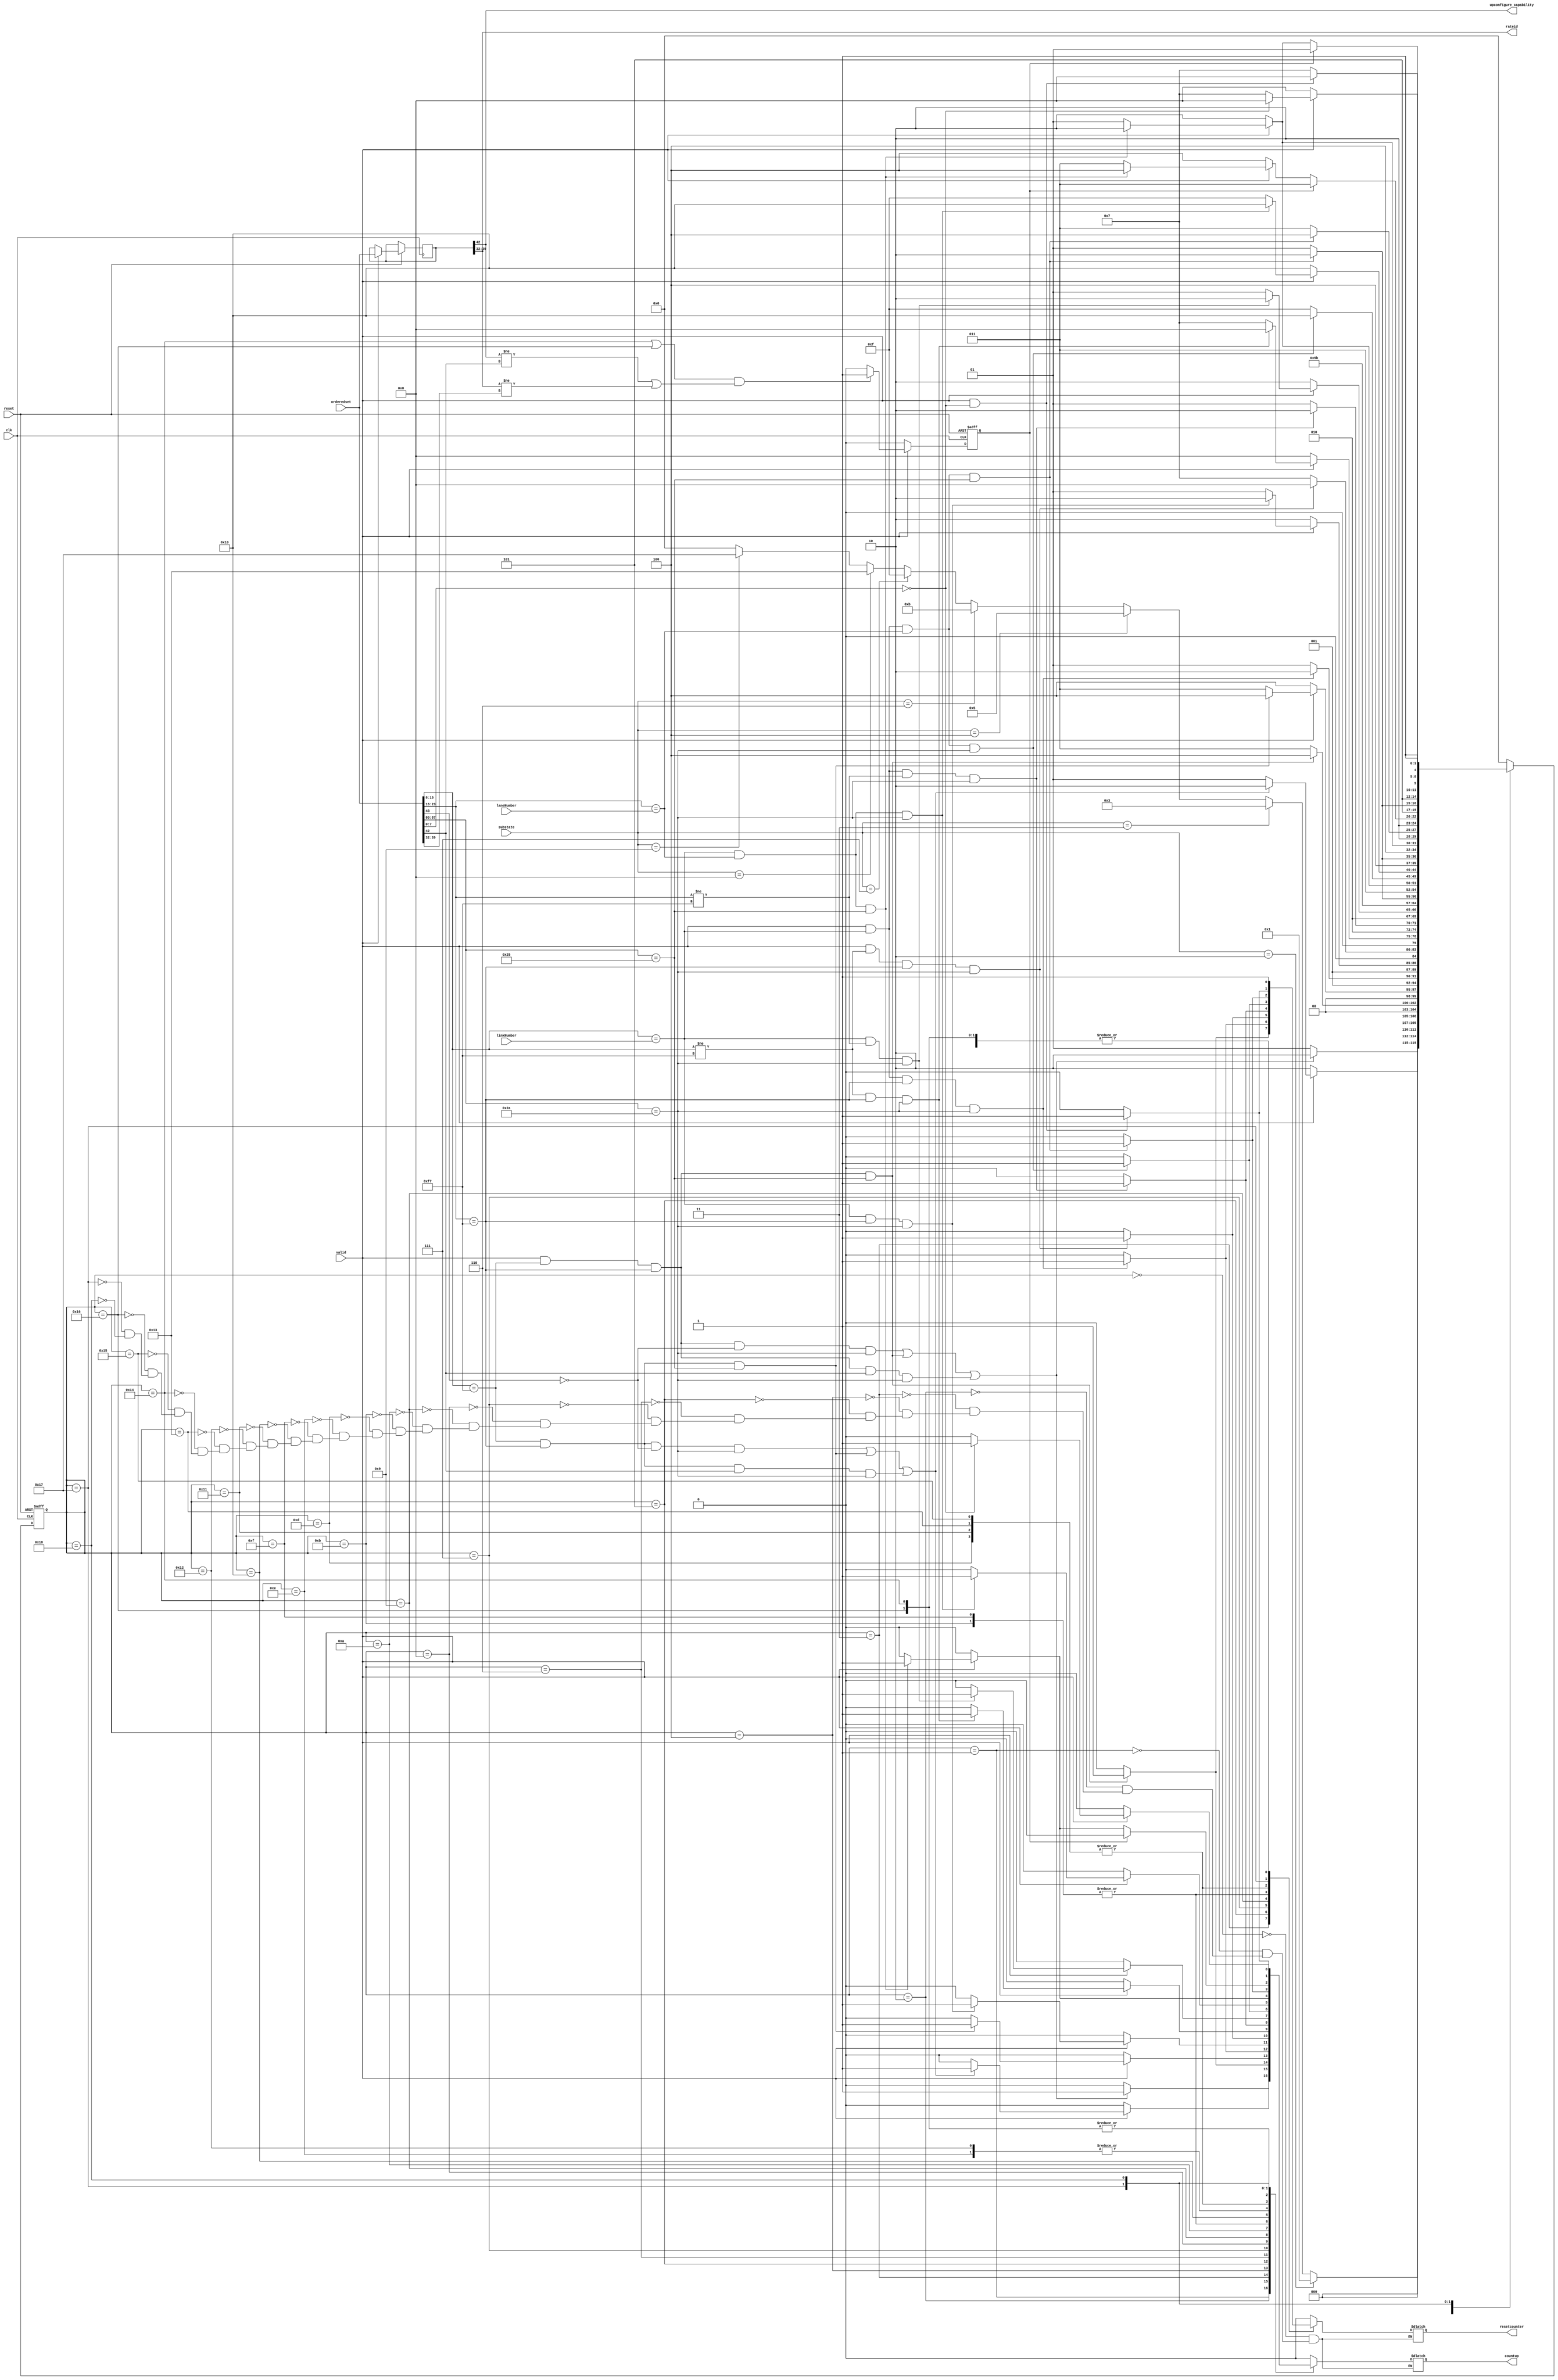
module osChecker #(parameter DEVICETYPE = 0)(
    input clk,
    input [7:0]linkNumber,
    input [7:0]laneNumber,
    input [127:0]orderedset,
    input valid,
    input [3:0]substate,
    input reset,
    output reg countup,
    output reg resetcounter,
    output [7:0] rateid,
    output upconfigure_capability);

    //LOCLA VARIABLES
    reg[4:0] currentState,nextState;
    reg[127:0] localorderedset;
    reg notEqual;
    localparam [7:0]
    PAD = 8'b11110111, //F7
    TS1 = 8'b00101010,	//2A
    TS2 = 8'b0100101;  //25

//input substates from main ltssm
    localparam [3:0]
	detectQuiet =  4'd0,
	detectActive = 4'd1,
	pollingActive= 4'd2,
	pollingConfiguration= 4'd3,
    configurationLinkWidthStart = 4'd4,
    configurationLinkWidthAccept = 4'd5,
    configurationLanenumWait = 4'd6,
    configurationLanenumAccept = 4'd7,
    configurationComplete = 4'd8,
    configurationIdle = 4'd9;


//internal states
    localparam [4:0]
    start = 5'd0,
    pollingActive1= 5'd1,
    pollingActive2= 5'd2,
    pollingConfiguration1= 5'd3,
    pollingConfiguration2= 5'd4,
    configLinkWidthStartDown1 = 5'd5,
    configLinkWidthStartDown2 = 5'd6,
    configLinkWidthStartUp1 = 5'd7,
    configLinkWidthStartUp2 = 5'd8,
    configLinkWidthAcceptUp1 = 5'd9,
    configLinkWidthAcceptUp2 = 5'd10,
    configLanenumWaitDown1 = 5'd11,
    configLanenumWaitDown2 = 5'd11,
    configLanenumWaitUp1 = 5'd13,
    configLanenumWaitUp2 = 5'd14,
    configLanenumAcceptDown1 = 5'd15,
    configLanenumAcceptDown2 = 5'd16,
    configLanenumAcceptUp1 = 5'd17,
    configLanenumAcceptUp2 = 5'd18,
    configCompleteDown1 = 5'd19,
    configCompleteDown2 = 5'd20,
    configCompleteUp1 = 5'd21,
    configCompleteUp2 = 5'd22,
    configIdle1 = 5'd23,
    configIdle2 = 5'd24;
//CURRENT STATE FF
always @(posedge clk or negedge reset)
begin
    notEqual <= 1'b0;
    if(!reset)
    begin
        currentState <= start;
    end
    else
    begin
        currentState <= nextState;
        if(valid)
        begin
            localorderedset<=orderedset;
            if((currentState == configCompleteDown2||currentState == configCompleteUp2)&&(localorderedset[42] != orderedset[42] || localorderedset[39:32] != orderedset[39:32]))
            notEqual <= 1'b1;
        end
    end    
end

//next state logic block
always @(*)
begin
    case(currentState)
    start:
	begin
        resetcounter = 1'b0; countup = 1'b0;
        if      (substate == pollingActive) nextState = pollingActive1;
	    else if (substate == pollingConfiguration) nextState = pollingConfiguration1;
        else if (substate == configurationLinkWidthStart && DEVICETYPE == 1'b0)nextState = configLinkWidthStartDown1;
        else if (substate == configurationLinkWidthStart && DEVICETYPE == 1'b1)nextState = configLinkWidthStartUp1;
        else if (substate == configurationLinkWidthAccept && DEVICETYPE == 1'b1)nextState = configLinkWidthAcceptUp1;
        else if (substate == configurationLanenumWait && DEVICETYPE == 1'b0) nextState = configLanenumWaitDown1;
        else if (substate == configurationLanenumWait && DEVICETYPE == 1'b1) nextState = configLanenumWaitUp1;
        else if (substate == configurationLanenumAccept && DEVICETYPE == 1'b0) nextState = configLanenumAcceptDown1;
        else if (substate == configurationLanenumAccept && DEVICETYPE == 1'b1) nextState = configLanenumAcceptUp1;
        else if (substate == configurationComplete && DEVICETYPE == 1'b0) nextState = configCompleteDown1;
        else if (substate == configurationComplete && DEVICETYPE == 1'b1) nextState = configCompleteUp1;
        else if (substate == configurationIdle) nextState = configIdle1;
        else nextState = start;
	end
/******************************polling Active**************************************************/
pollingActive1:
begin
    resetcounter = 1'b1; countup = 1'b0;
    if((valid && orderedset[15:8]==PAD && orderedset[23:16]==PAD && orderedset[43] == 1'b0 && orderedset[87:80] == TS1)||
    (valid && orderedset[15:8]==PAD && orderedset[23:16]==PAD && orderedset[87:80] == TS2)||
    (valid && orderedset[15:8]==PAD && orderedset[23:16]==PAD && orderedset[42] == 1'b1 && orderedset[87:80] == TS1)) 
    begin
    nextState = pollingActive2;
    resetcounter = 1'b1; countup = 1'b1;
    end
    else nextState = pollingActive1;
end
pollingActive2:
begin
    resetcounter = 1'b1; countup = 1'b0; 
    if(valid)
    begin
    if((orderedset[15:8]==PAD && orderedset[23:16]==PAD && orderedset[43] == 1'b0 && orderedset[87:80] == TS1)||
        (orderedset[15:8]==PAD && orderedset[23:16]==PAD && orderedset[87:80] == TS2)||
        (orderedset[15:8]==PAD && orderedset[23:16]==PAD && orderedset[42] == 1'b1 && orderedset[87:80] == TS1)) 
        begin
            countup = 1'b1; 
            nextState = pollingActive2;
        end
    else nextState = pollingActive1; 
    end
    else nextState = pollingActive2;
	
end
/**********************************pollingConfiguration*****************************************************/
pollingConfiguration1:
begin
    resetcounter = 1'b0; countup = 1'b0;
    if(valid && orderedset[15:8]==PAD && orderedset[23:16]==PAD && orderedset[87:80] == TS2)
    begin
	    nextState = pollingConfiguration2;
        resetcounter = 1'b1; countup = 1'b1;
	end
	else nextState = pollingConfiguration1;
end

pollingConfiguration2:
begin
    resetcounter = 1'b1; countup = 1'b0;
    if(valid)
    begin
        if(orderedset[15:8]==PAD && orderedset[23:16]==PAD && orderedset[87:80] == TS2)
        begin
            countup = 1'b1; 
            nextState = pollingConfiguration2;
        end
        else nextState = pollingConfiguration1;        
    end
    else nextState = pollingConfiguration2;
end
/**********************************configLinkWidthStart*************************************************/
configLinkWidthStartDown1:
begin
    resetcounter = 1'b0; countup = 1'b0;
    if(valid && orderedset[15:8]==linkNumber && orderedset[23:16]==PAD && orderedset[87:80] == TS1)
	begin
        nextState =  configLinkWidthStartDown2;
        resetcounter = 1'b1; countup = 1'b1;
	end
    else nextState = configLinkWidthStartDown1;
end

configLinkWidthStartDown2:
begin
    resetcounter = 1'b1; countup = 1'b0;
    if(valid)
        begin
            if(orderedset[15:8]==linkNumber && orderedset[23:16]==PAD && orderedset[87:80] == TS1)
            begin
                countup = 1'b1;
                nextState =  configLinkWidthStartDown2;
            end
            else nextState =  configLinkWidthStartDown1;
        end
    else nextState =  configLinkWidthStartDown2;
end
configLinkWidthStartUp1:
begin
    resetcounter = 1'b0; countup = 1'b0;
    if(valid && orderedset[15:8]!=PAD && orderedset[23:16]==PAD && orderedset[87:80] == TS1)
	begin
        nextState =  configLinkWidthStartUp2;
        resetcounter = 1'b1; countup = 1'b1;
	end
        else nextState = configLinkWidthStartUp1;
end

configLinkWidthStartUp2:
begin
    resetcounter = 1'b1; countup = 1'b0;
    if(valid)
        begin
            if(orderedset[15:8]!=PAD && orderedset[23:16]==PAD && orderedset[87:80] == TS1)
            begin
                countup =1'b1;
                nextState =  configLinkWidthStartUp2;
            end
            else nextState =  configLinkWidthStartUp1;
        end
    else nextState =  configLinkWidthStartUp2;
end
/********************************configLinkWidthAccept**************************************************/
    configLinkWidthAcceptUp1:
begin
    resetcounter = 1'b0; countup = 1'b0;
    if(valid && orderedset[15:8]==linkNumber && orderedset[23:16]!=PAD  && orderedset[87:80] == TS1)
	begin
        nextState = configLinkWidthAcceptUp2;
        resetcounter = 1'b1; countup = 1'b1;
	end
        else nextState = configLinkWidthAcceptUp1;
end

configLinkWidthAcceptUp2:
begin
    resetcounter = 1'b1; countup = 1'b0;
    if(valid)
        begin
            if(orderedset[15:8]==linkNumber && orderedset[23:16]!=PAD && orderedset[87:80] == TS1)
            begin
                countup = 1'b1;
                nextState =  configLinkWidthAcceptUp2;
            end
            else nextState =  configLinkWidthAcceptUp1;
        end
    else nextState =  configLinkWidthAcceptUp2;
end
/******************************configLanenumWait***************************************************/
    configLanenumWaitDown1:
begin
    resetcounter = 1'b0; countup = 1'b0;
    if(valid && orderedset[15:8]==linkNumber && orderedset[23:16]==laneNumber && orderedset[87:80] == TS1)
	begin
        nextState = configLanenumWaitDown2;
        resetcounter = 1'b1; countup = 1'b1;
	end
    else nextState = configLanenumWaitDown1;
end

configLanenumWaitDown2:
begin
    resetcounter = 1'b1; countup = 1'b0;
    if(valid)
    begin
        if(orderedset[15:8]==linkNumber && orderedset[23:16]==laneNumber && orderedset[87:80] == TS1)
        begin
            countup = 1'b1;
            nextState =  configLanenumWaitDown2;
        end
        else nextState =  configLanenumWaitDown1;
    end
    else nextState =  configLanenumWaitDown2;
end

configLanenumWaitUp1:
begin
    resetcounter = 1'b0; countup = 1'b0;
    if(valid && orderedset[15:8]==linkNumber && orderedset[23:16]==laneNumber && orderedset[87:80] == TS2)
	begin
	nextState = configLanenumWaitUp2;
    resetcounter = 1'b1; countup = 1'b1;
	end
	else nextState = configLanenumWaitUp1;
end

configLanenumWaitUp2:
begin
    resetcounter = 1'b1; countup = 1'b0;
    if(valid)
        begin
            if(orderedset[15:8]==linkNumber && orderedset[23:16]==laneNumber && orderedset[87:80] == TS2)
            begin
                countup = 1'b1;
                nextState =  configLanenumWaitUp2;
            end
            else nextState =  configLanenumWaitUp1;
        end
    else nextState =  configLanenumWaitUp2;
end
/*********************************configLanenumAccept************************************************/
configLanenumAcceptDown1:
begin
    resetcounter = 1'b0; countup = 1'b0;
    if(valid && orderedset[15:8]==linkNumber && orderedset[23:16]==laneNumber && orderedset[87:80] == TS1)
	begin
        nextState = configLanenumAcceptDown2;
        resetcounter = 1'b1; countup = 1'b1;
	end
	else nextState = configLanenumAcceptDown1;
end

configLanenumAcceptDown2:
begin
    resetcounter = 1'b1; countup = 1'b0;
    if(valid)
    begin
        if(orderedset[15:8]==linkNumber && orderedset[23:16]==laneNumber && orderedset[87:80] == TS1)
        begin
            countup = 1'b1;
            nextState =  configLanenumAcceptDown2;
        end
        else nextState =  configLanenumAcceptDown1;
    end
    else nextState =  configLanenumAcceptDown2;
end

configLanenumAcceptUp1:
begin
    resetcounter = 1'b0; countup = 1'b0;
    if(valid && orderedset[15:8]==linkNumber && orderedset[23:16]==laneNumber && orderedset[87:80] == TS2)
	begin 
        nextState = configLanenumAcceptUp2;
        resetcounter = 1'b1; countup = 1'b1;
	end
    else nextState = configLanenumAcceptUp1;
end

configLanenumAcceptUp2:
begin
    resetcounter = 1'b1; countup = 1'b0;
    if(valid)
    begin
        if(orderedset[15:8]==linkNumber && orderedset[23:16]==laneNumber && orderedset[87:80] == TS2)
        begin
            countup = 1'b1;
            nextState =  configLanenumAcceptUp2;
        end
        else nextState =  configLanenumAcceptUp1;
    end
    else nextState =  configLanenumAcceptUp2;
end
/****************************************configComplete***************************************************/
configCompleteDown1:
begin
    resetcounter = 1'b0; countup = 1'b0;
    if(valid && orderedset[15:8]==linkNumber && orderedset[23:16]==laneNumber && orderedset[87:80] == TS2)
	begin
	nextState = configCompleteDown2;
	resetcounter = 1'b1; countup = 1'b1;
	end
    else nextState = configCompleteDown1;
end

configCompleteDown2:
begin
    resetcounter = 1'b1; countup = 1'b0;
    if(notEqual)nextState = configCompleteDown1;
    else if(valid)
    begin
        if(orderedset[15:8]==linkNumber && orderedset[23:16]==laneNumber && orderedset[87:80] == TS2)
        begin
            countup = 1'b1;
            nextState =  configCompleteDown2;
        end
        else nextState =  configCompleteDown1;
    end
    else nextState =  configCompleteDown2;
end

configCompleteUp1:
begin
    resetcounter = 1'b0; countup = 1'b0;
    if(valid && orderedset[15:8]==linkNumber && orderedset[23:16]==laneNumber && orderedset[87:80] == TS2)
	begin
	nextState = configCompleteUp2;
    resetcounter = 1'b1; countup = 1'b1;
	end
	else nextState = configCompleteUp1;
end
configCompleteUp2:
begin
    resetcounter = 1'b1; countup = 1'b0;
    if(notEqual)nextState = configCompleteUp1;
    else if(valid)
        begin
            if(orderedset[15:8]==linkNumber && orderedset[23:16]==laneNumber && orderedset[87:80] == TS2)
            begin
                countup = 1'b1;
                nextState =  configCompleteUp2;
            end
            else nextState =  configCompleteUp1;
        end
    else nextState =  configCompleteUp2;
end
/***************************************configIdle***********************************************/
configIdle1:
begin
    resetcounter = 1'b0; countup = 1'b0;
    if(valid && orderedset[7:0]==8'h00)
	begin
	nextState = configIdle2;
    resetcounter = 1'b1; countup = 1'b1;
	end
	else nextState = configIdle1;
end

configIdle2:
begin
    resetcounter = 1'b1; countup = 1'b0;
    if(valid)
        begin
            if(orderedset[7:0]==8'h00)
            begin
                countup = 1'b1;
                nextState =  configIdle2;
            end
            else nextState =  configIdle1;
        end
    else nextState =  configIdle2;   
end


default:nextState = start;
endcase
end
    assign rateid = localorderedset[39:32];
    assign upconfigure_capability = localorderedset[42];
assign {link,lane,id}={orderedset[15:8],orderedset[23:16],orderedset[87:80]};    
endmodule